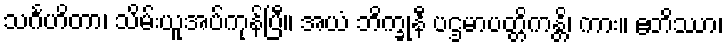
သင်္ဂဟိတာ၊ သိမ်းယူအပ်ကုန်ပြီ။ အယံ ဘိက္ခုနီ ပဌမာပတ္တိကန္တိ၊ ကား။ ဧတိဿာ၊